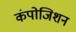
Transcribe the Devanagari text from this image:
कंपोजिशन